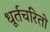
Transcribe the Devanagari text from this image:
धूर्तचरितो